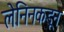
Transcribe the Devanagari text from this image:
लेनिनकडून